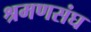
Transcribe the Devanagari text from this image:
श्रमणसंघ